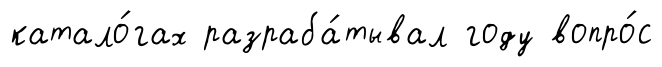
катало́гах разраба́тывал году вопро́с